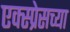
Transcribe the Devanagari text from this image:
एक्स्प्रेसच्या